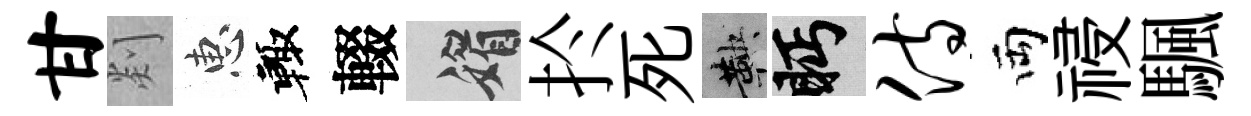
甘剡惠輙輟媚扵死鞅眄侍両祲颿